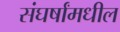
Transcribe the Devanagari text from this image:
संघर्षांमधील